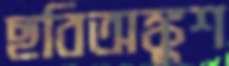
ছবিঅঙ্কুশ